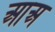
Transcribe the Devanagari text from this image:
आअ